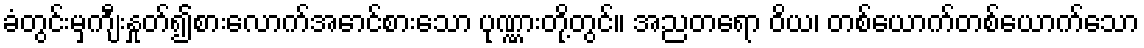
ခံတွင်းမှကျီးနှုတ်၍စားလောက်အောင်စားသော ပုဏ္ဏားတို့တွင်။ အညတရော ဝိယ၊ တစ်ယောက်တစ်ယောက်သော